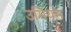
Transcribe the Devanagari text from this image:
उमियम